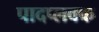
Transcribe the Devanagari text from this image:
पादप्लवक